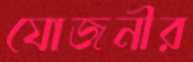
যোজনীর